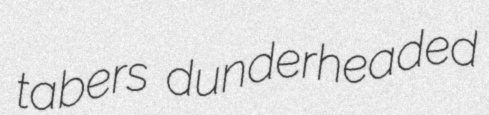
tabers dunderheaded